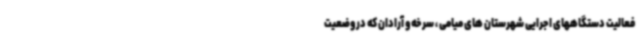
فعالیت دستگاههای اجرایی شهرستان های میامی ، سرخه و آرادان که در وضعیت